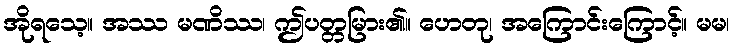
အိုရသေ့။ အဿ မဏိဿ၊ ဤပတ္တမြား၏။ ဟေတု၊ အကြောင်းကြောင့်။ မမ၊